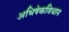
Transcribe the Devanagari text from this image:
अभिषेकविधान